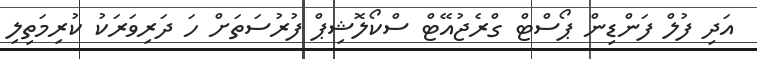
އަދި ފުލް ފަންޑިން ޕޯސްޓް ގްރެޖުއޭޓް ސްކޯލޮޝިޕް ފުރުސަތަށް ހަ ދަރިވަރަކު ކުރިމަތިލި